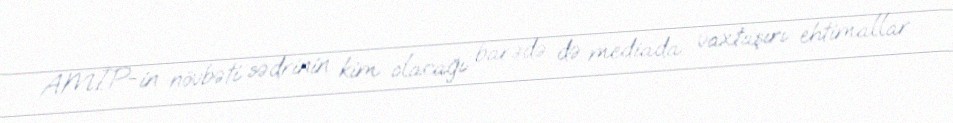
AMİP-in növbəti sədrinin kim olacağı barədə də mediada vaxtaşırı ehtimallar